Annual report on the health of the army in India
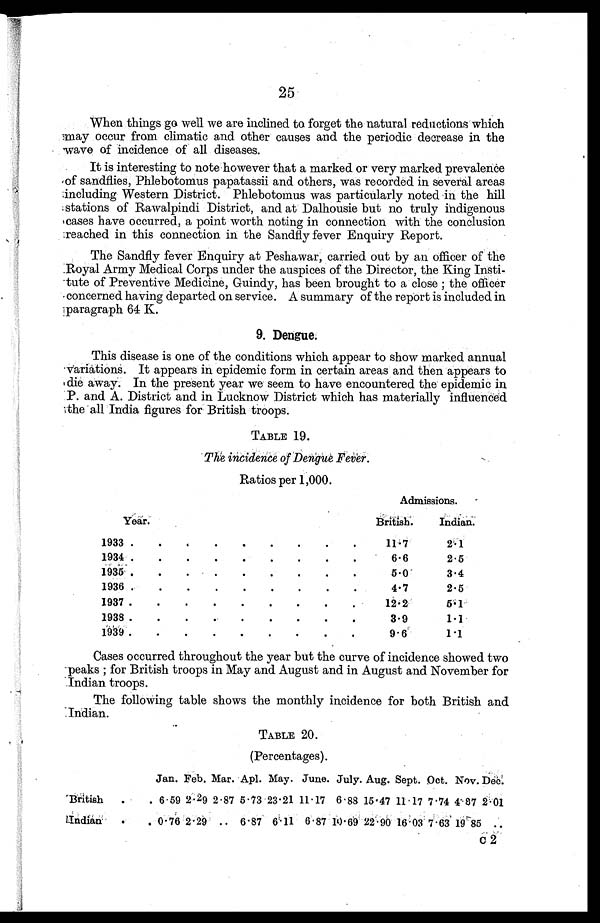
25
When things go well we are inclined to forget the natural reductions which
may occur from climatic and other causes and the periodic decrease in the
wave of incidence of all diseases.
It is interesting to note however that a marked or very marked prevalence
of sandflies, Phlebotomus papatassii and others, was recorded in several areas
including Western District. Phlebotomus was particularly noted in the hill
stations of Rawalpindi District, and at Dalhousie but no truly indigenous
cases have occurred, a point worth noting in connection with the conclusion
reached in this connection in the Sandfly fever Enquiry Report.
The Sandfly fever Enquiry at Peshawar, carried out by an officer of the
Royal Army Medical Corps under the auspices of the Director, the King Insti-
tute of Preventive Medicine, Guindy, has been brought to a close ; the officer
concerned having departed on service. A summary of the report is included in
paragraph 64 K.
9. Dengue.
This disease is one of the conditions which appear to show marked annual
Variations. It appears in epidemic form in certain areas and then appears to
die away. In the present year we seem to have encountered the epidemic in
P. and A. District and in Lucknow District which has materially influenced
the all India figures for British troops.
TABLE 19.
The ncidence of Dengue Fever.
Ratios per 1,000.
Admissions.
Year.
British.
Indian.
1933 .
.
.
•
.
•
•
.
•
11.7
2 . 1
1934 .
.
.
.
.
.
.
.
.
6.6
2.5
1935.
.
.
.
.
.
.
.
.
5.0
3.4
1936 .
.
.
.
.
.
.
.
.
4.7
2.5
1937 .
.
.
.
.
.
.
.
.
12.2
5.1
1938
.
,
.
.
.
.
3.9
1.1
1939.
.
.
.
.
.
.
.
.
9.6
1.1
Cases occurred throughout the year but the curve of incidence showed two
peaks ; for British troops in May and August and in August and November for
Indian troops.
The following table shows the monthly incidence for both British and
Indian.
TABLE 20.
(Percentages).
Jan. Feb. Mar. Apl. May. June. July. Aug. Sept. Oct. Nov. Dec.
British
. 6 . 59
2 . 2 9 2 . 87 5 . 73 23 . 21 11 . 17 6 . 88 15 . 47 11 . 17 7 . 74 4.87 2.01
?Indian
. 0 . 76 2 . 29 .. 6 . 87 6.11 6 . 87 10 . 69 22 . 90 16 . 03
7 . 6 3
1 9 . 8 5
. .